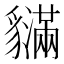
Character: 𧴝